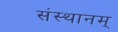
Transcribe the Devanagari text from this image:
संस्थानम्